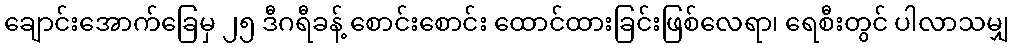
ချောင်းအောက်ခြေမှ ၂၅ ဒီဂရီခန့် စောင်းစောင်း ထောင်ထားခြင်းဖြစ်လေရာ၊ ရေစီးတွင် ပါလာသမျှ